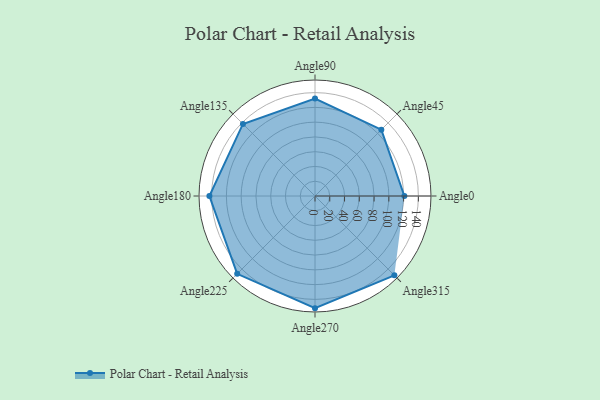
{"axis": {"x": "Angle", "y": "Radius"}, "legend": [""], "data": [{"x": "Angle0", "y": 121.0, "type": ""}, {"x": "Angle45", "y": 127.0, "type": ""}, {"x": "Angle90", "y": 132.0, "type": ""}, {"x": "Angle135", "y": 138.0, "type": ""}, {"x": "Angle180", "y": 143.0, "type": ""}, {"x": "Angle225", "y": 149.0, "type": ""}, {"x": "Angle270", "y": 152.0, "type": ""}, {"x": "Angle315", "y": 152.0, "type": ""}]}